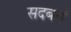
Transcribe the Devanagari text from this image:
सदबर्ग